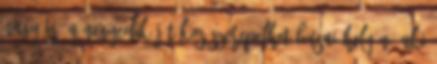
Nagy is, a negyedik játékos szerepelhet Busai helyén, aki